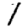
Digit: 1